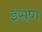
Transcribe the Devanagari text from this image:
इसण